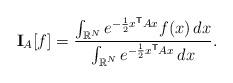
LaTeX: \begin{align*} \mathbf{I}_A [f] = \frac{\int_{\mathbb{R}^N} e^{-\frac{1}{2} x^\mathsf{T} A x} f(x)\, dx} {\int_{\mathbb{R}^N} e^{-\frac{1}{2} x^\mathsf{T} A x}\, dx}.\end{align*}